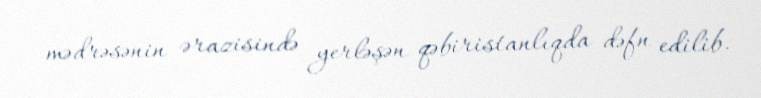
mədrəsənin ərazisində yerləşən qəbiristanlıqda dəfn edilib.